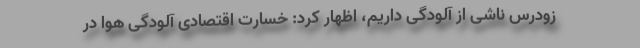
زودرس ناشی از آلودگی داریم، اظهار کرد: خسارت اقتصادی آلودگی هوا در